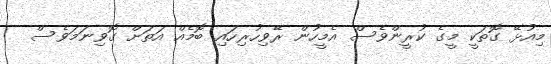
މިއުޅޭ ގޮތަކީ މީގެ ކުރީންވެސް އެމީހުން ރޭވިހުރިހައި ބޮމެއް އަތަށް ގޮވިނަމަވެސް